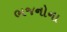
ભજનોના